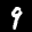
Label: 9